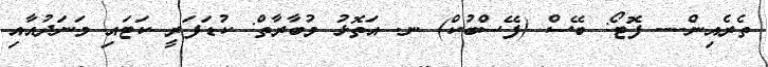
ތެރެއިން--- ފޮޓޯ: ބޭސް (ފޭސްބުކް) ނ. އަތޮޅު މުބާރާތް: ކުޑަފަރީ ކަޓައި މަނަދުއާއި